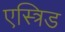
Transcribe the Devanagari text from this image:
एस्त्रिड